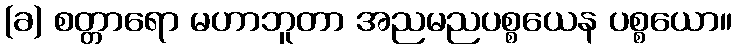
(ခ) စတ္တာရော မဟာဘူတာ အညမညပစ္စယေန ပစ္စယော။